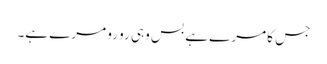
جس کا مرے ہے بس وہی رو رو مرے ہے۔